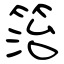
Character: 箈